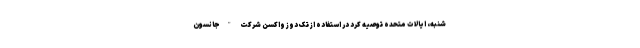
شنبه،‌ ایالات متحده توصیه کرد در استفاده از تک دوز واکسن شرکت "جانسون